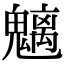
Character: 魑